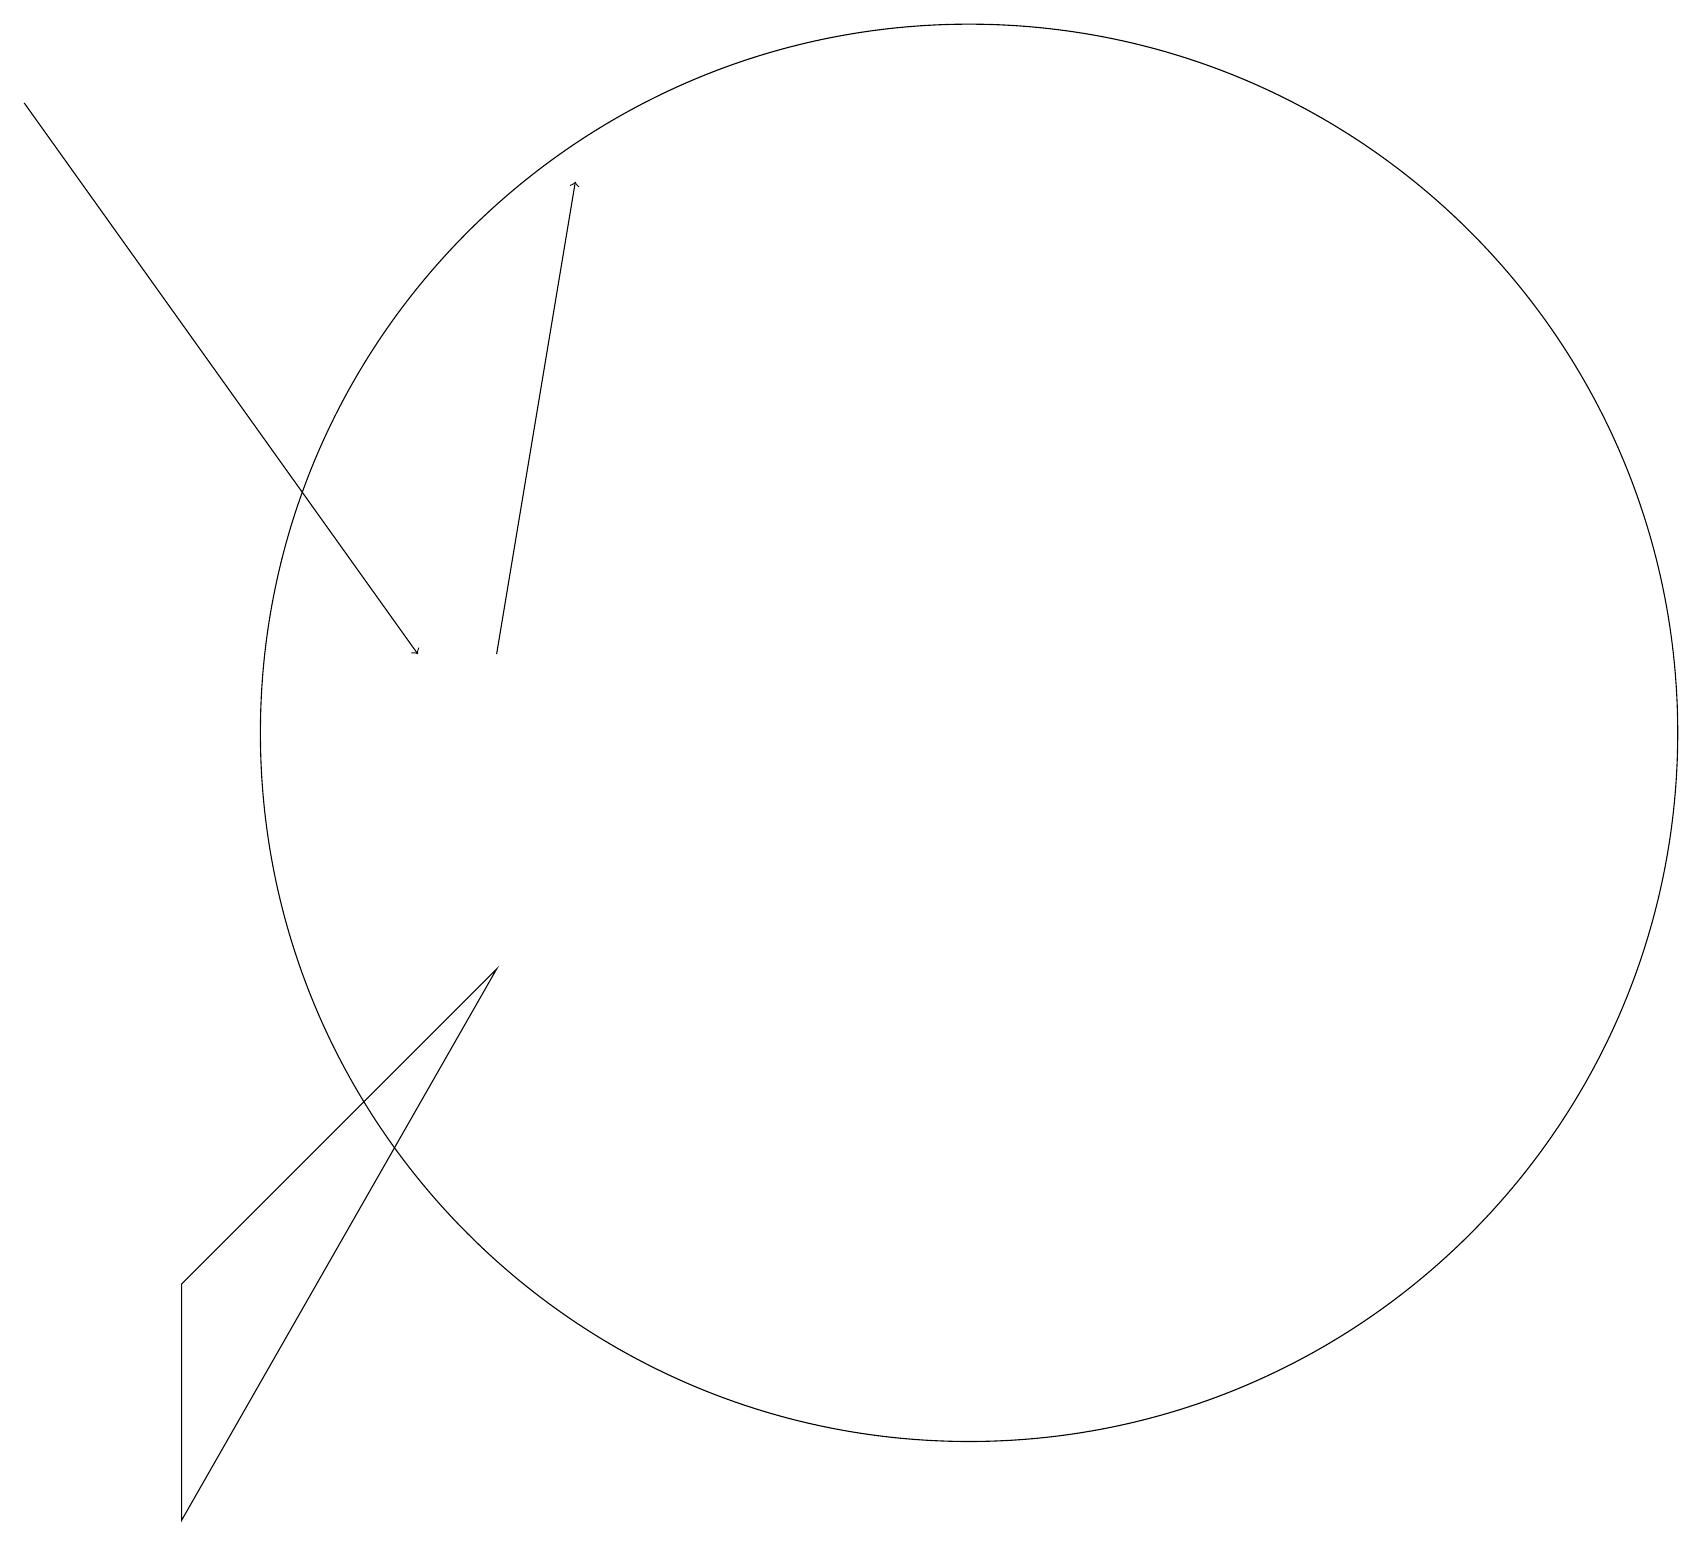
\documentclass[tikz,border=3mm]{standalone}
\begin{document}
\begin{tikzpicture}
\draw (6,7) -- (2,0) -- (2,3) -- cycle;
\draw (12,10) circle (9);
\draw[->] (6,11) -- (7,17);
\draw[->] (0,18) -- (5,11);
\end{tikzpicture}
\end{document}